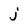
Character: j